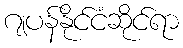
ဂျပန်နိုင်ငံဆိုင်ရာ